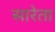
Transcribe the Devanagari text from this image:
सारेता